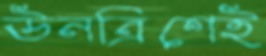
ঊনত্রিশেই